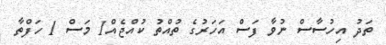
ތަދު އިހުސާސް ނުވާ ފަސް އަހަރުގެ ތުއްތު ކުއްޖެއް1 މަސް 1 ހަފްތާ